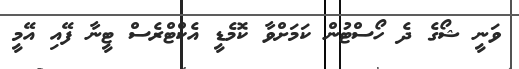
ވަނީ ޝޯގެ ދެ ހޯސްޓުން ކަމަށްވާ ކޮމެޑީ އެކްޓްރެސް ޓީނާ ފޭއި އޭމީ